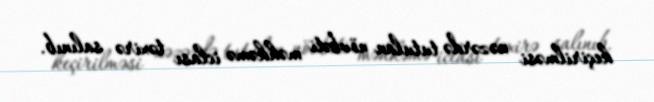
keçirilməsi nəzərdə tutulan növbəti məhkəmə iclası təxirə salınıb.